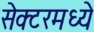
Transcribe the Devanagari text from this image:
सेक्टरमध्ये